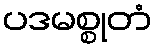
ပဒမစ္စုတံ